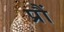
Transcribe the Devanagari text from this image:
प्रौं